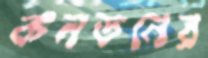
কনডনের